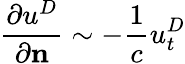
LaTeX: {\frac{\partial u^{D}}{\partial\mathbf n}}\sim-{\frac{1}{c}}u_{t}^{D}